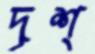
দৃশ্